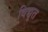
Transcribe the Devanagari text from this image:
विद्यूत